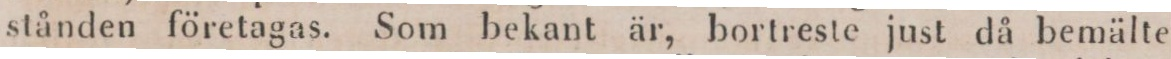
stånden företagas. Som bekant är, bortreste just då bemälte